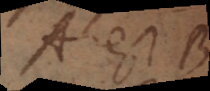
A est B